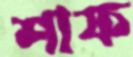
শাফ